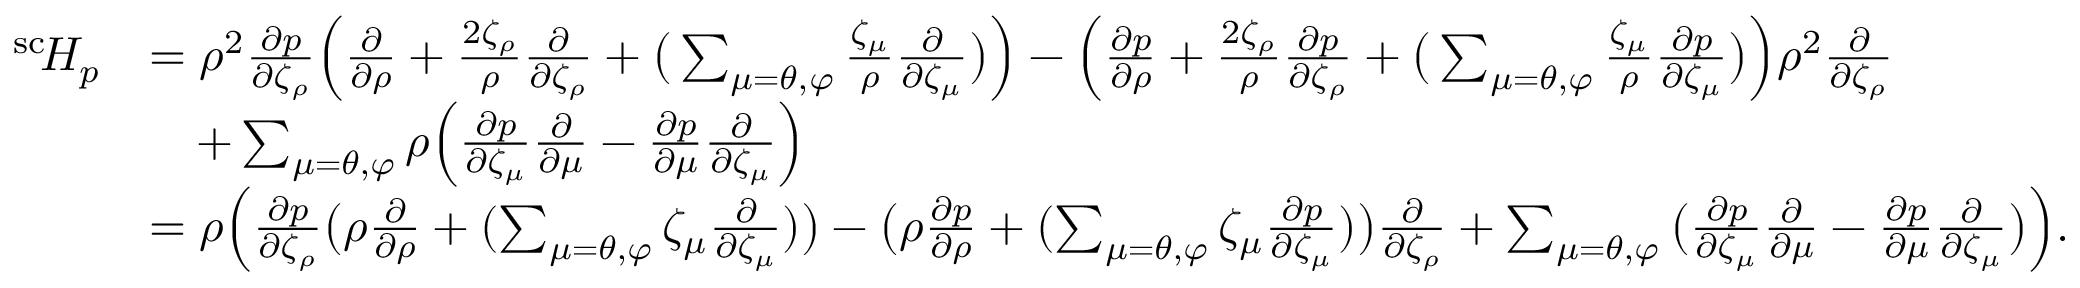
\begin{array} { r l } { ^ { \mathrm { s c } } \! H _ { p } } & { = \rho ^ { 2 } \frac { \partial p } { \partial \zeta _ { \rho } } \Big ( \frac { \partial } { \partial \rho } + \frac { 2 \zeta _ { \rho } } { \rho } \frac { \partial } { \partial \zeta _ { \rho } } + \big ( \sum _ { \mu = \theta , \varphi } \frac { \zeta _ { \mu } } { \rho } \frac { \partial } { \partial \zeta _ { \mu } } \big ) \Big ) - \Big ( \frac { \partial p } { \partial \rho } + \frac { 2 \zeta _ { \rho } } { \rho } \frac { \partial p } { \partial \zeta _ { \rho } } + \big ( \sum _ { \mu = \theta , \varphi } \frac { \zeta _ { \mu } } { \rho } \frac { \partial p } { \partial \zeta _ { \mu } } \big ) \Big ) \rho ^ { 2 } \frac { \partial } { \partial \zeta _ { \rho } } } \\ & { \quad + \sum _ { \mu = \theta , \varphi } \rho \Big ( \frac { \partial p } { \partial \zeta _ { \mu } } \frac { \partial } { \partial \mu } - \frac { \partial p } { \partial \mu } \frac { \partial } { \partial \zeta _ { \mu } } \Big ) } \\ & { = \rho \Big ( \frac { \partial p } { \partial \zeta _ { \rho } } \big ( \rho \frac { \partial } { \partial \rho } + ( \sum _ { \mu = \theta , \varphi } \zeta _ { \mu } \frac { \partial } { \partial \zeta _ { \mu } } ) \big ) - \big ( \rho \frac { \partial p } { \partial \rho } + ( \sum _ { \mu = \theta , \varphi } \zeta _ { \mu } \frac { \partial p } { \partial \zeta _ { \mu } } ) \big ) \frac { \partial } { \partial \zeta _ { \rho } } + \sum _ { \mu = \theta , \varphi } \big ( \frac { \partial p } { \partial \zeta _ { \mu } } \frac { \partial } { \partial \mu } - \frac { \partial p } { \partial \mu } \frac { \partial } { \partial \zeta _ { \mu } } \big ) \Big ) . } \end{array}